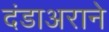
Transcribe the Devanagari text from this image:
दंडाअराने